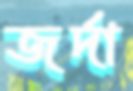
জর্দা